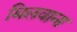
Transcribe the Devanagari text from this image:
मिलवाना